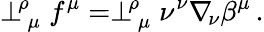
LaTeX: \perp_{\, \mu}^{\! \rho}f^{\mu}=\perp_{\, \mu}^{\! \rho}\nu^{\nu}\nabla_{\! \nu}\beta^{\mu}\, .